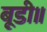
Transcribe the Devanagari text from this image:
बूडी॥